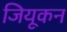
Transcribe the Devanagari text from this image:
जियूकन